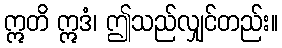
ဣတိ ဣဒံ၊ ဤသည်လျှင်တည်း။